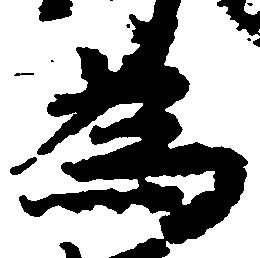
為